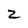
Character: 2